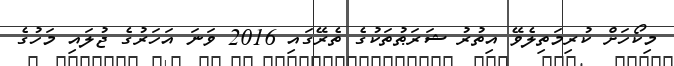
މިކޯހަށް ކުރިމަތިލެވޭ އިތުރު ޝަރަޠުތަކުގެ ތެރޭގައި 2016 ވަނަ އަހަރުގެ ޖުލައި މަހުގެ